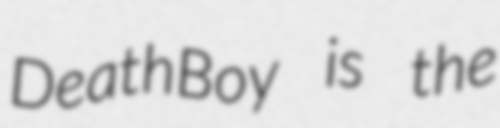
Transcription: DeathBoy is the